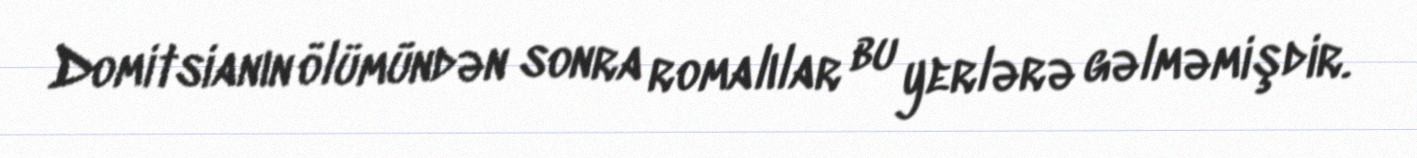
Domitsianın ölümündən sonra romalılar bu yerlərə gəlməmişdir.